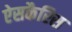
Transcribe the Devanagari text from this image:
ऐसकैरिस